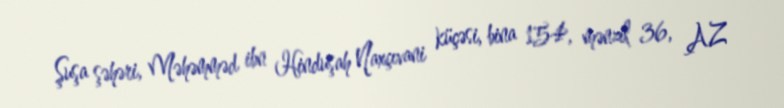
Şuşa şəhəri, Məhəmməd ibn Hinduşah Naxçıvani küçəsi, bina 154, mənzil 36, AZ